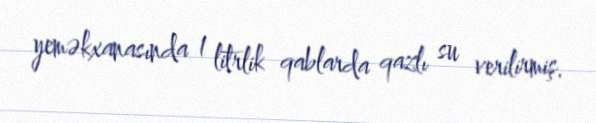
yeməkxanasında 1 litrlik qablarda qazlı su verilirmiş.